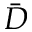
\bar { D }